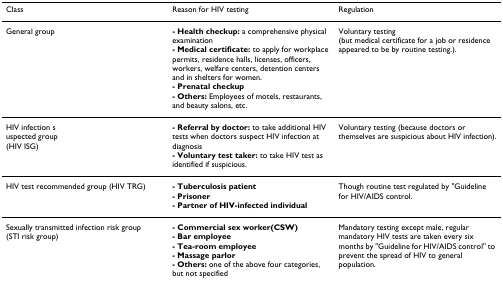
<table><thead><tr><td><b>Class</b></td><td><b>Reason for HIV testing</b></td><td><b>Regulation</b></td></tr></thead><tbody><tr><td>General group</td><td><b>- Health checkup: </b>a comprehensive physical examination<b>- Medical certificate: </b>to apply for workplace permits, residence halls, licenses, officers, workers, welfare centers, detention centers and in shelters for women.<b>- Prenatal checkup</b><b>- Others: </b>Employees of motels, restaurants, and beauty salons, etc.</td><td>Voluntary testing(but medical certificate for a job or residence appeared to be by routine testing.).</td></tr><tr><td>HIV infection suspected group(HIV ISG)</td><td><b>- Referral by doctor: </b>to take additional HIV tests when doctors suspect HIV infection at diagnosis<b>- Voluntary test taker: </b>to take HIV test as identified if suspicious.</td><td>Voluntary testing (because doctors or themselves are suspicious about HIV infection).</td></tr><tr><td>HIV test recommended group (HIV TRG)</td><td><b>- Tuberculosis patient</b><b>- Prisoner</b><b>- Partner of HIV-infected individual</b></td><td>Though routine test regulated by &quot;Guideline for HIV/AIDS control.</td></tr><tr><td>Sexually transmitted infection risk group (STI risk group)</td><td><b>- Commercial sex worker(CSW)</b><b>- Bar employee</b><b>- Tea-room employee</b><b>- Massage parlor</b><b>- Others: </b>one of the above four categories, but not specified</td><td>Mandatory testing except male, regular mandatory HIV tests are taken every six months by &quot;Guideline for HIV/AIDS control&quot; to prevent the spread of HIV to general population.</td></tr></tbody></table>